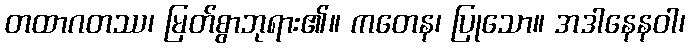
တထာဂတဿ၊ မြတ်စွာဘုရား၏။ ကတေန၊ ပြုသော။ အဒါနေနဝါ၊